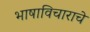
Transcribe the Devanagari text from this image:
भाषाविचाराचे